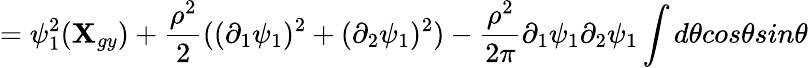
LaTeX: =\psi_{1}^{2}(\textbf{X}_{gy})+\frac{\rho^{2}}{2}((\partial_{1}\psi_{1})^{2}+(\partial_{2}\psi_{1})^{2})-\frac{\rho^{2}}{2\pi}\partial_{1}\psi_{1}\partial_{2}\psi_{1}\int d\theta cos\theta sin\theta